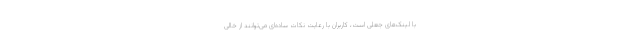
با لینک‌های جعلی است، کاربران با رعایت نکات ساده‌ای می‌توانند از خالی